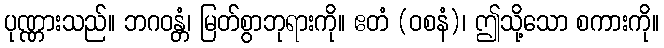
ပုဏ္ဏားသည်။ ဘဂဝန္တံ၊ မြတ်စွာဘုရားကို။ ဧတံ (ဝစနံ)၊ ဤသို့သော စကားကို။